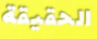
الحقيقة